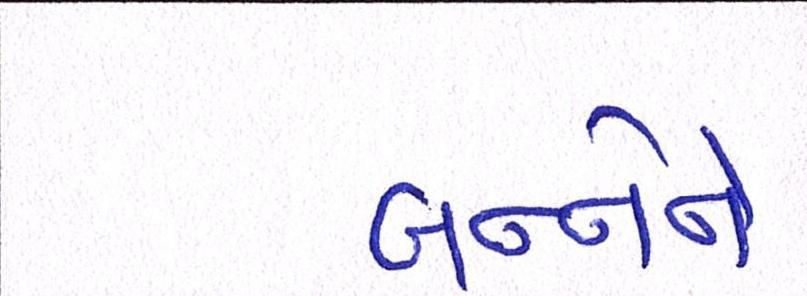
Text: બન્નેને